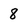
Character: 8